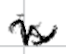
Text: is
Cross-out: zig-zag
Writing tool: digital_black